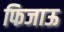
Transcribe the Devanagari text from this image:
फिजाऊ